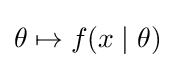
\theta \mapsto f(x\mid \theta )\!